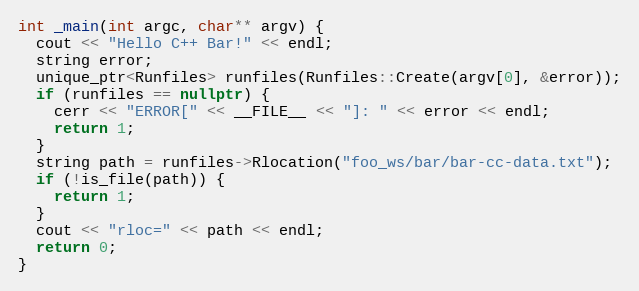
Language: C++
int _main(int argc, char** argv) {
  cout << "Hello C++ Bar!" << endl;
  string error;
  unique_ptr<Runfiles> runfiles(Runfiles::Create(argv[0], &error));
  if (runfiles == nullptr) {
    cerr << "ERROR[" << __FILE__ << "]: " << error << endl;
    return 1;
  }
  string path = runfiles->Rlocation("foo_ws/bar/bar-cc-data.txt");
  if (!is_file(path)) {
    return 1;
  }
  cout << "rloc=" << path << endl;
  return 0;
}